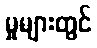
မှုများတွင်